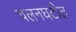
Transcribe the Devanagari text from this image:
चलनघटीत